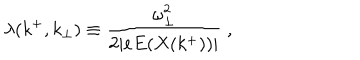
\lambda ( k ^ { + } , k _ { \bot } ) \equiv { \frac { \omega _ { \bot } ^ { 2 } } { 2 \vert e E ( X ( k ^ { + } ) ) \vert } } \; ,